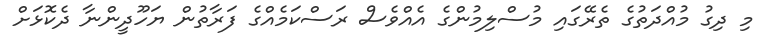
މި ދިގު މުއްދަތުގެ ތެރޭގައި މުސްލިމުންގެ އެއްވެސް ރަސްކަމެއްގެ ފަރާތުން ޔަހޫދީންނާ ދެކޮޅަށް